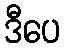
ဒီပေ